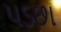
પડછા